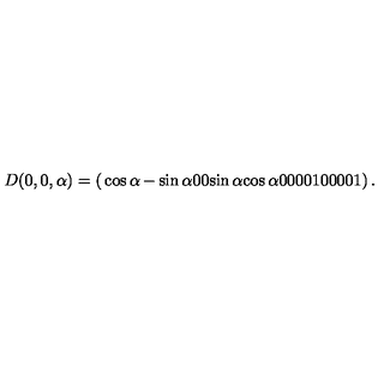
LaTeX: D ( 0 , 0 , \alpha ) = \left( \begin{matrix} { \cos \alpha } & { - \sin \alpha } & { 0 } & { 0 } \\ { \sin \alpha } & { \cos \alpha } & { 0 } & { 0 } \\ { 0 } & { 0 } & { 1 } & { 0 } \\ { 0 } & { 0 } & { 0 } & { 1 } \\ \end{matrix} \right) .